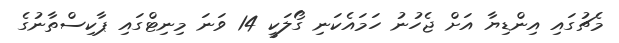
މެޗުގައި އިންޑިޔާ އަށް ޖެހުނު ހަމައެކަނި ގޯލަކީ 14 ވަނަ މިނިޓްގައި ޕާކިސްތާނުގެ